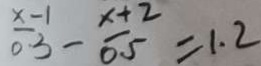
\frac { x - 1 } { 0 . 3 } - \frac { x + 2 } { 0 . 5 } = 1 . 2